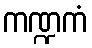
ကဏ္ဍကံ